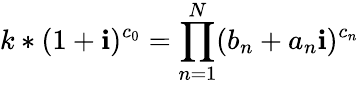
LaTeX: k*(1+\mathbf{i})^{c_{0}}=\prod_{n=1}^{N}(b_{n}+a_{n}\mathbf{i})^{c_{n}}